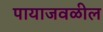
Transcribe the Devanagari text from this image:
पायाजवळील